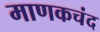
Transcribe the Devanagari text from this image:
माणकचंद